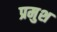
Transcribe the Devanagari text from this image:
प्रमुश